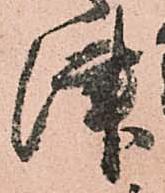
津